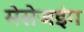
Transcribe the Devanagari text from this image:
मेसेजइंग